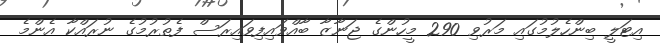
އިޓަލީ ބިންހެލުމުގައި މަރުވި 290 މީހުންގެ ޖަނާޒާ ބާއްވައިފިވައިރަސް ފެތުރުމުގެ ނުރައްކާ އެންމެ